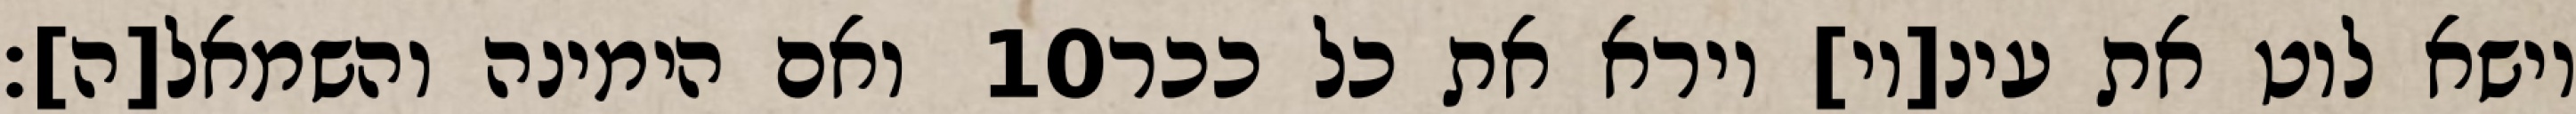
ואם הימינה והשמאל[ה]׃ ‎10‏ וישא לוט את עינ[יו] וירא את כל ככר